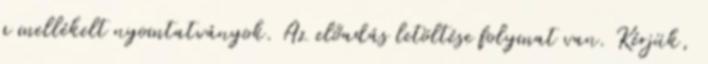
a mellékelt nyomtatványok. Az előadás letöltése folymat van. Kérjük,